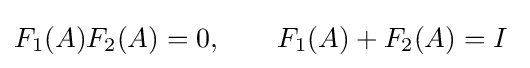
F_{1}(A)F_{2}(A)=0,\qquad F_{1}(A)+F_{2}(A)=I~